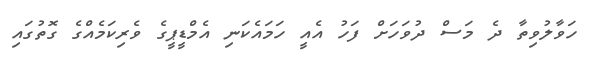
ހަވާލުވިތާ ދެ މަސް ދުވަހަށް ފަހު އެއީ ހަމައެކަނި އެމްޑީޕީގެ ވެރިކަމެއްގެ ގޮތުގައި